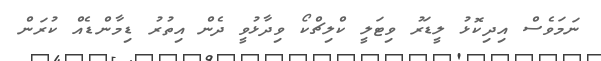
ނަމަވެސް އިދިކޮޅު ލީޑަރު ވިޓަލީ ކްލިޗްކޯ ވިދާޅުވީ ދެން އިތުރު ޑިމާންޑެއް ކުރަން